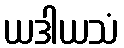
ယဒါယသံ